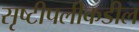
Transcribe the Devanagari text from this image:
सृष्टीपलीकडील